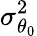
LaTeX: \sigma_{\theta_{0}}^{2}